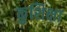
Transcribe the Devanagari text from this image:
कुशिक्षा